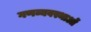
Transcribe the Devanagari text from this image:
गणव्यवस्थाओं